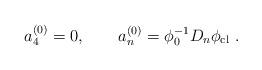
LaTeX: \begin{align*}a_4^{(0)} = 0,\qquad a_n^{(0)} = \phi_0^{-1} D_n \phi_{\rm cl}\ .\end{align*}